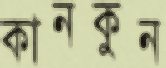
কানকুন